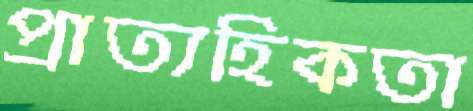
প্রাত্যহিকতা